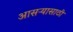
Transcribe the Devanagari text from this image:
आसऱ्यासाठी